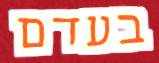
בעדם